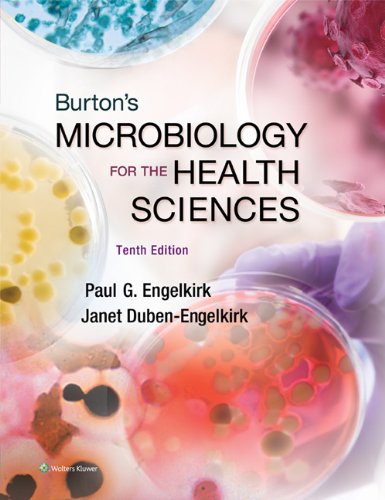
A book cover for Burton's Microbiology for the Health Sciences, North American Edition; Paul Engelkirk PhD  MT(ASCP); Medical Books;